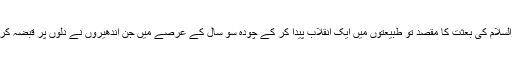
حضرت مسیح موعود علیہ الصلوۃ والسلام کی بعثت کا مقصد تو طبیعتوں میں ایک انقلاب پیدا کر کے چودہ سو سال کے عرصے میں جن اندھیروں نے دلوں پر قبضہ کر لیا تھا، اُنہیں روشنیوں میں بدلنا تھا۔